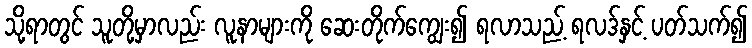
သို့ရာတွင် သူတို့မှာလည်း လူနာများကို ဆေးတိုက်ကျွေး၍ ရလာသည့် ရလဒ်နှင့် ပတ်သက်၍